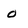
Character: 0